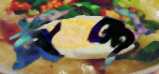
ঈল